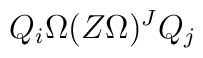
Q_i \Omega(Z\Omega)^J Q_j